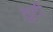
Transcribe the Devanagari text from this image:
तुटी